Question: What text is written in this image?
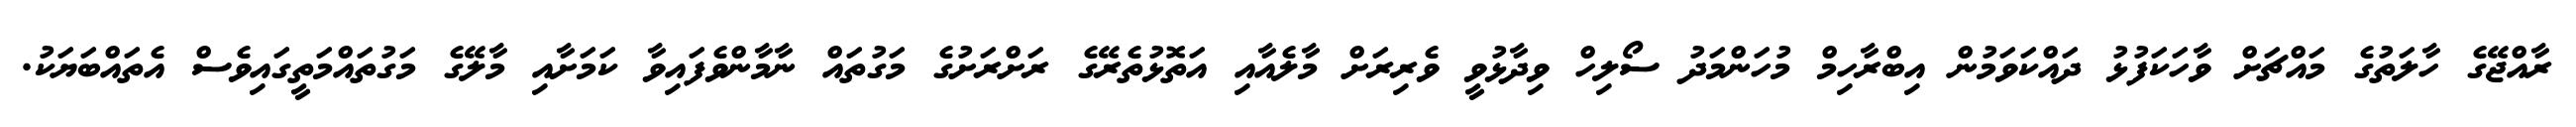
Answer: ރާއްޖޭގެ ހާލަތުގެ މައްޗަށް ވާހަކަފުޅު ދައްކަވަމުން އިބްރާހިމް މުހަންމަދު ސޯލިހް ވިދާޅުވީ ވެރިރަށް މާލެއާއި އަތޮޅުތެރޭގެ ރަށްރަށުގެ މަގުތައް ނާމާންވެފައިވާ ކަމަށާއި މާލޭގެ މަގުތައްމަތީގައިވެސް އެތައްބަޔަކު.